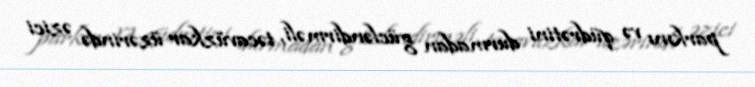
parkını və qüdrətini durmadan gücləndirməli, təcavüzkar üzərində əzici